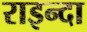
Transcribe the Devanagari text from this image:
राइन्दा